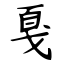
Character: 戛